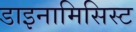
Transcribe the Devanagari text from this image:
डाइनामिसिस्ट